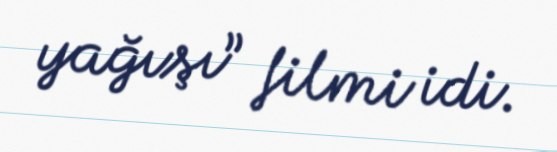
yağışı” filmi idi.